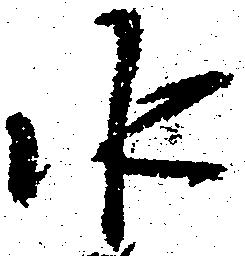
水